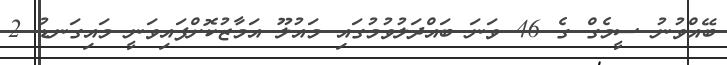
ބޭއްވުނު ސީމެގް ގެ 46 ވަނަ ބައްދަލުވުމުގައި މައުލޫ އަމާޒުކޮށްފައިވަނީ މައިގަނޑު 2